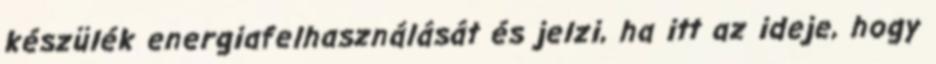
készülék energiafelhasználását és jelzi, ha itt az ideje, hogy